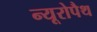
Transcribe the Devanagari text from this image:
न्यूरोपैथ